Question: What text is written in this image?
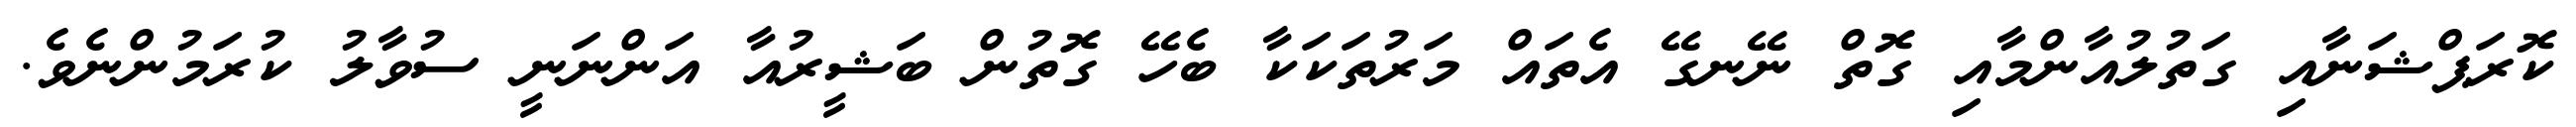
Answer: ކޮރަޕްޝަނާއި ގަތުލުއާންމާއި ގޮތް ނޭނގޭ އެތައް މަރުތަކަކާ ބެހޭ ގޮތުން ބަޝީރުއާ އަންނަނީ ސުވާލު ކުރަމުންނެވެ.